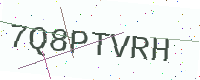
Text: 7Q8PTVRH